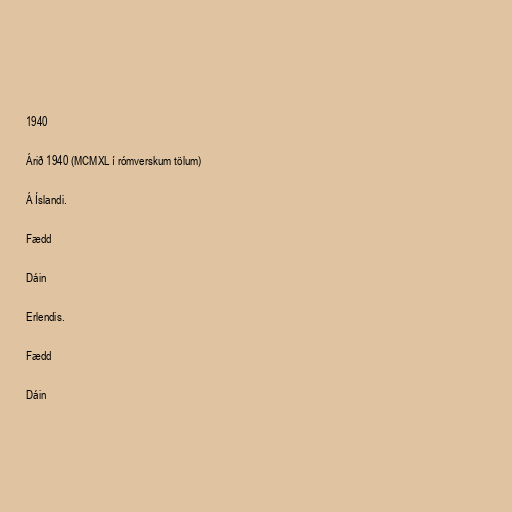
1940

Árið 1940 (MCMXL í rómverskum tölum)

Á Íslandi.

Fædd

Dáin

Erlendis.

Fædd

Dáin